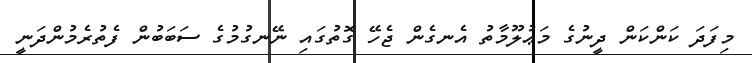
މިފަދަ ކަންކަން ދީނުގެ މަޢުލޫމާތު އެނގެން ޖެހޭ ގޮތުގައި ނޭނގުމުގެ ސަބަބުން ފެތުރެމުންދަނީ